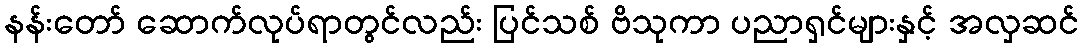
နန်းတော် ဆောက်လုပ်ရာတွင်လည်း ပြင်သစ် ဗိသုကာ ပညာရှင်များနှင့် အလှဆင်